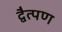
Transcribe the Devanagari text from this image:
द्वैत्पण